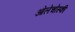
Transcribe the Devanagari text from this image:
ओलेचोस्की